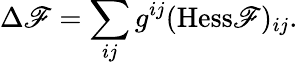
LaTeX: \Delta\mathscr{F}=\sum_{ij}g^{ij}({\mathrm{{Hess}}}\mathscr{F})_{ij}.